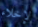
لإخلاء